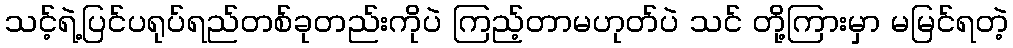
သင့်ရဲ့ပြင်ပရုပ်ရည်တစ်ခုတည်းကိုပဲ ကြည့်တာမဟုတ်ပဲ သင် တို့ကြားမှာ မမြင်ရတဲ့